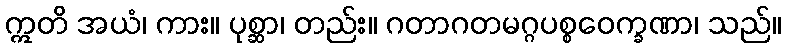
ဣတိ အယံ၊ ကား။ ပုစ္ဆာ၊ တည်း။ ဂတာဂတမဂ္ဂပစ္စဝေက္ခဏာ၊ သည်။